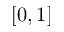
[ 0 , 1 ]